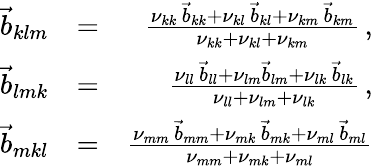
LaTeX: \begin{array}{rlr}{\vec{b}_{klm}}&{=}&{\frac{\nu_{kk}\, \vec{b}_{kk}+\nu_{kl}\, \vec{b}_{kl}+\nu_{km}\, \vec{b}_{km}}{\nu_{kk}+\nu_{kl}+\nu_{km}}\, ,}\\ {\vec{b}_{lmk}}&{=}&{\frac{\nu_{ll}\, \vec{b}_{ll}+\nu_{lm}\vec{b}_{lm}+\nu_{lk}\, \vec{b}_{lk}}{\nu_{ll}+\nu_{lm}+\nu_{lk}}\, ,}\\ {\vec{b}_{mkl}}&{=}&{\frac{\nu_{mm}\, \vec{b}_{mm}+\nu_{mk}\, \vec{b}_{mk}+\nu_{ml}\, \vec{b}_{ml}}{\nu_{mm}+\nu_{mk}+\nu_{ml}}}\end{array}